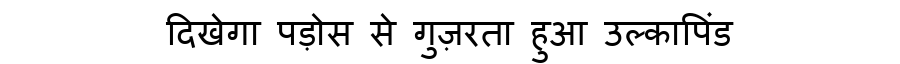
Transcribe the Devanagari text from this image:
दिखेगा पड़ोस से गुज़रता हुआ उल्कापिंड